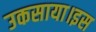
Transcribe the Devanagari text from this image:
उकसाया।इस